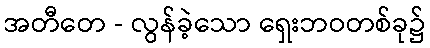
အတီတေ - လွန်ခဲ့သော ရှေးဘဝတစ်ခု၌